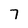
Character: 7